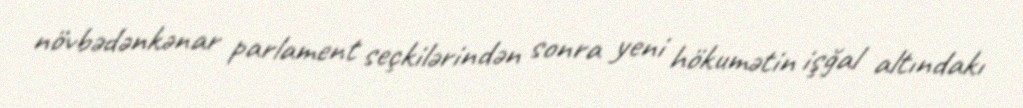
növbədənkənar parlament seçkilərindən sonra yeni hökumətin işğal altındakı